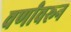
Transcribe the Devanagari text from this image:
वर्णांवरून